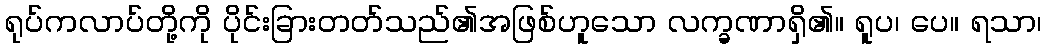
ရုပ်ကလာပ်တို့ကို ပိုင်းခြားတတ်သည်၏အဖြစ်ဟူသော လက္ခဏာရှိ၏။ ရူပ၊ ပေ။ ရသာ၊